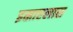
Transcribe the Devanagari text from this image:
इस्राएलास